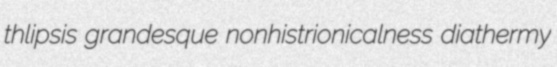
thlipsis grandesque nonhistrionicalness diathermy